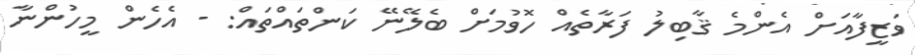
ވަޒީފާއަށް އެންމެ ޤާބިލު ފަރާތެއް ހޮވުމަށް ބެލޭނޭ ކަންތައްތައް: - އެހެން މީހުންނާ